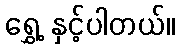
ရွှေ့ နှင့်ပါတယ်။